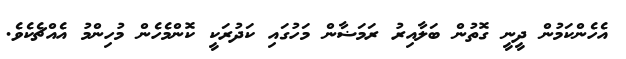
އެހެންކަމުން ދީނީ ގޮތުން ބަލާއިރު ރަމަޟާން މަހުގައި ކަދުރަކީ ކޮންމެހެން މުހިންމު އެއްޗެކެވެ.